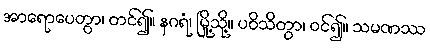
အာရောပေတွာ၊ တင်၍။ နဂရံ၊ မြို့သို့။ ပဝိသိတွာ၊ ဝင်၍။ သမဏဿ